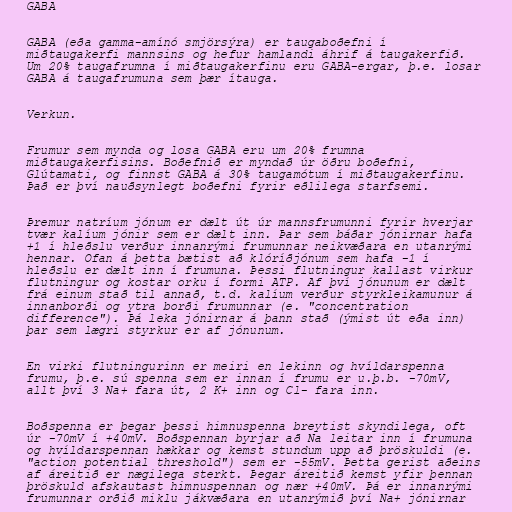
GABA

GABA (eða gamma-amínó smjörsýra) er taugaboðefni í
miðtaugakerfi mannsins og hefur hamlandi áhrif á taugakerfið.
Um 20% taugafrumna í miðtaugakerfinu eru GABA-ergar, þ.e. losar
GABA á taugafrumuna sem þær ítauga.

Verkun.

Frumur sem mynda og losa GABA eru um 20% frumna
miðtaugakerfisins. Boðefnið er myndað úr öðru boðefni,
Glútamati, og finnst GABA á 30% taugamótum í miðtaugakerfinu.
Það er því nauðsynlegt boðefni fyrir eðlilega starfsemi.

Þremur natríum jónum er dælt út úr mannsfrumunni fyrir hverjar
tvær kalíum jónir sem er dælt inn. Þar sem báðar jónirnar hafa
+1 í hleðslu verður innanrými frumunnar neikvæðara en utanrými
hennar. Ofan á þetta bætist að klóríðjónum sem hafa -1 í
hleðslu er dælt inn í frumuna. Þessi flutningur kallast virkur
flutningur og kostar orku í formi ATP. Af því jónunum er dælt
frá einum stað til annað, t.d. kalíum verður styrkleikamunur á
innanborði og ytra borði frumunnar (e. "concentration
difference"). Þá leka jónirnar á þann stað (ýmist út eða inn)
þar sem lægri styrkur er af jónunum.

En virki flutningurinn er meiri en lekinn og hvíldarspenna
frumu, þ.e. sú spenna sem er innan í frumu er u.þ.b. -70mV,
allt því 3 Na+ fara út, 2 K+ inn og Cl- fara inn.

Boðspenna er þegar þessi himnuspenna breytist skyndilega, oft
úr -70mV í +40mV. Boðspennan byrjar að Na leitar inn í frumuna
og hvíldarspennan hækkar og kemst stundum upp að þröskuldi (e.
"action potential threshold") sem er -55mV. Þetta gerist aðeins
af áreitið er nægilega sterkt. Þegar áreitið kemst yfir þennan
þröskuld afskautast himnuspennan og nær +40mV. Þá er innanrými
frumunnar orðið miklu jákvæðara en utanrýmið því Na+ jónirnar